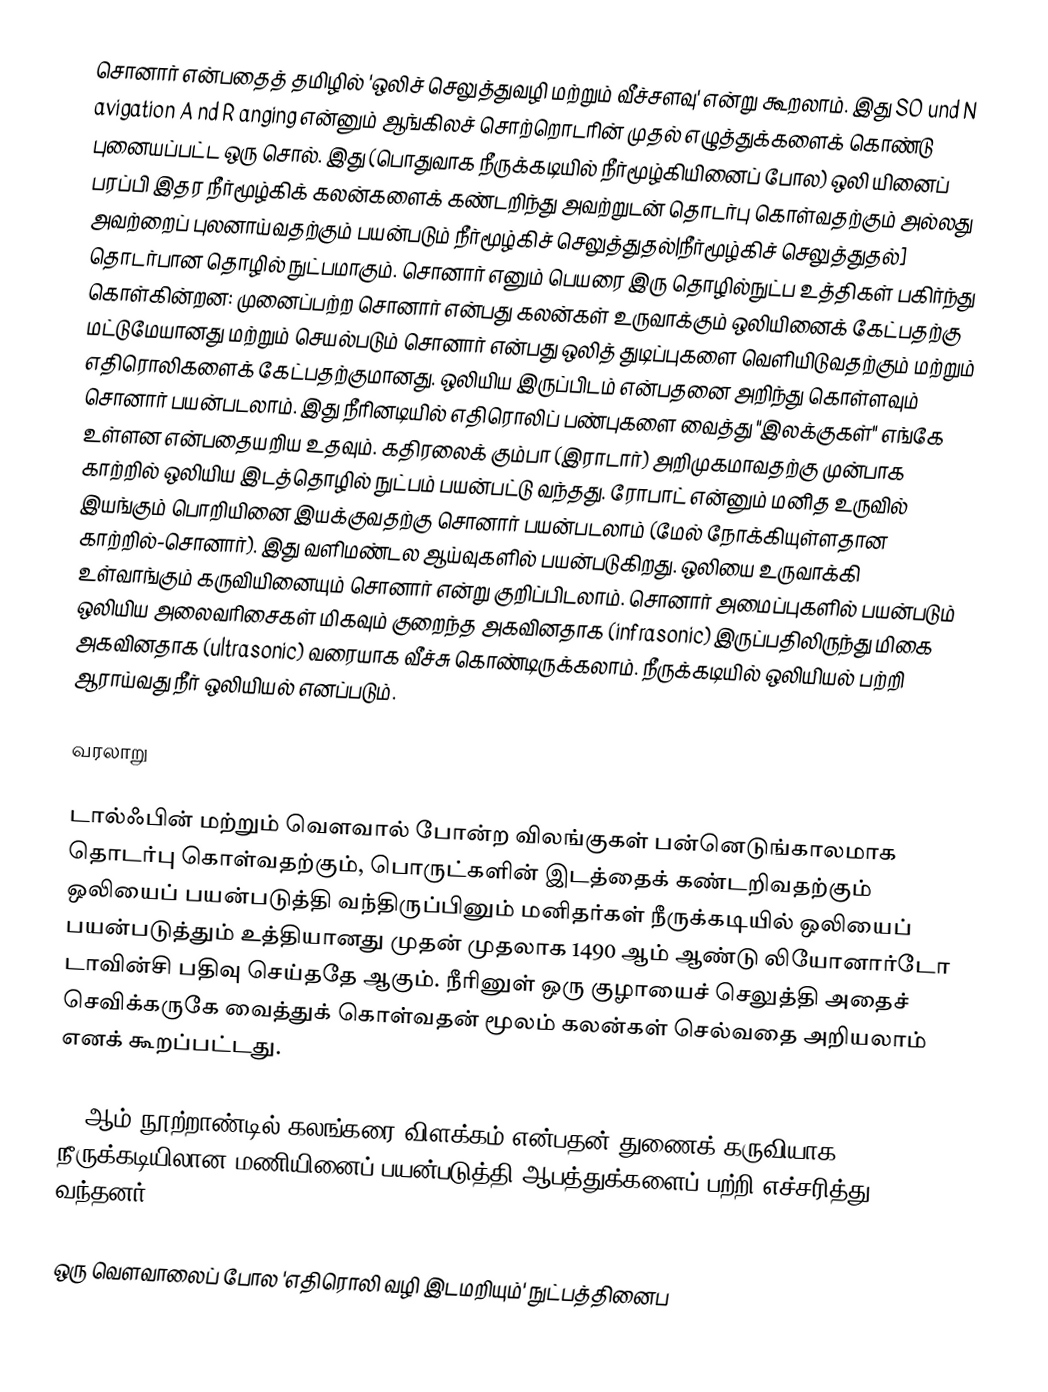
சொனார்  என்பதைத் தமிழில் 'ஒலிச் செலுத்துவழி மற்றும் வீச்சளவு' என்று கூறலாம். இது SO und N avigation A nd R anging என்னும் ஆங்கிலச் சொற்றொடரின் முதல் எழுத்துக்களைக் கொண்டு புனையப்பட்ட ஒரு சொல். இது (பொதுவாக நீருக்கடியில் நீர்மூழ்கியினைப் போல) ஒலி யினைப் பரப்பி இதர நீர்மூழ்கிக் கலன்களைக் கண்டறிந்து அவற்றுடன் தொடர்பு கொள்வதற்கும் அல்லது அவற்றைப் புலனாய்வதற்கும் பயன்படும் நீர்மூழ்கிச் செலுத்துதல்|நீர்மூழ்கிச் செலுத்துதல்] தொடர்பான தொழில் நுட்பமாகும். சொனார் எனும் பெயரை இரு தொழில்நுட்ப உத்திகள் பகிர்ந்து கொள்கின்றன: முனைப்பற்ற சொனார் என்பது கலன்கள் உருவாக்கும் ஒலியினைக் கேட்பதற்கு மட்டுமேயானது மற்றும் செயல்படும்  சொனார் என்பது ஒலித் துடிப்புகளை வெளியிடுவதற்கும் மற்றும் எதிரொலிகளைக் கேட்பதற்குமானது. ஒலியிய இருப்பிடம் என்பதனை அறிந்து கொள்ளவும் சொனார் பயன்படலாம். இது நீரினடியில் எதிரொலிப் பண்புகளை வைத்து "இலக்குகள்" எங்கே உள்ளன என்பதையறிய உதவும். கதிரலைக் கும்பா (இராடார்) அறிமுகமாவதற்கு முன்பாக காற்றில் ஒலியிய இடத்தொழில் நுட்பம் பயன்பட்டு வந்தது. ரோபாட் என்னும் மனித உருவில் இயங்கும் பொறியினை இயக்குவதற்கு சொனார் பயன்படலாம் (மேல் நோக்கியுள்ளதான காற்றில்-சொனார்). இது வளிமண்டல ஆய்வுகளில் பயன்படுகிறது. ஒலியை உருவாக்கி உள்வாங்கும் கருவியினையும் சொனார் என்று குறிப்பிடலாம். சொனார் அமைப்புகளில் பயன்படும் ஒலியிய அலைவரிசைகள் மிகவும் குறைந்த அகவினதாக (infrasonic) இருப்பதிலிருந்து மிகை அகவினதாக (ultrasonic) வரையாக வீச்சு கொண்டிருக்கலாம். நீருக்கடியில் ஒலியியல் பற்றி ஆராய்வது நீர் ஒலியியல் எனப்படும்.

வரலாறு

டால்ஃபின் மற்றும் வௌவால் போன்ற விலங்குகள் பன்னெடுங்காலமாக தொடர்பு கொள்வதற்கும், பொருட்களின் இடத்தைக் கண்டறிவதற்கும் ஒலியைப் பயன்படுத்தி வந்திருப்பினும் மனிதர்கள் நீருக்கடியில் ஒலியைப் பயன்படுத்தும் உத்தியானது முதன் முதலாக 1490 ஆம் ஆண்டு லியோனார்டோ டாவின்சி பதிவு செய்ததே ஆகும். நீரினுள் ஒரு குழாயைச் செலுத்தி அதைச் செவிக்கருகே வைத்துக் கொள்வதன் மூலம் கலன்கள் செல்வதை அறியலாம் எனக் கூறப்பட்டது.

19 ஆம் நூற்றாண்டில் கலங்கரை விளக்கம் என்பதன் துணைக் கருவியாக நீருக்கடியிலான மணியினைப் பயன்படுத்தி ஆபத்துக்களைப் பற்றி எச்சரித்து வந்தனர்.

ஒரு வௌவாலைப் போல 'எதிரொலி வழி இடமறியும்' நுட்பத்தினைப